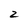
Character: 2